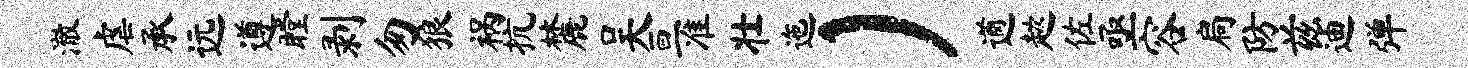
澈虐承远遵瞠剥匆狼祸抗麓吴亘准壮迤）遒趑佐亟容扃防兹迪弹